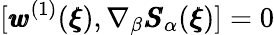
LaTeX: [{\pmb w}^{(1)}({\pmb\xi}),\nabla_{\beta}{\pmb S}_{\alpha}({\pmb\xi})]=0